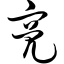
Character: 亮